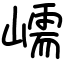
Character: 嶿